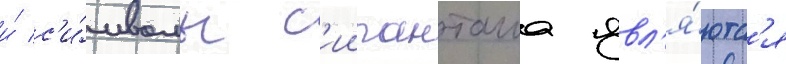
и́ с'и́мволы с'иипанташа явл'я́ютс'я